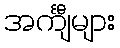
အင်္ကျီများ